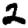
Digit: 2